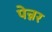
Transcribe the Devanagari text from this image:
पेन्नर